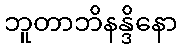
ဘူတာဘိနန္ဒိနော